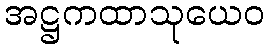
အဋ္ဌကထာသုယေဝ